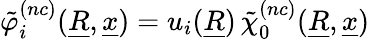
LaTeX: \tilde{\varphi}_{i}^{(nc)}(\underline{{R}},\underline{{x}})=u_{i}(\underline{{R}})\, \tilde{\chi}_{0}^{(nc)}(\underline{{R}},\underline{{x}})